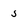
Character: 5